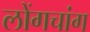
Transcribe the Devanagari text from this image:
लोंगचांग